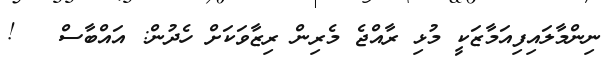
ނިންމާލައިފިއަމާޒަކީ މުޅި ރާއްޖެ މެރިން ރިޒާވަކަށް ހެދުން: އައްބާސް   !